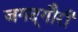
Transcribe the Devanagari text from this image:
जगद्‌गौरी